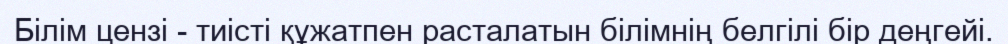
Білім цензі - тиісті құжатпен расталатын білімнің белгілі бір деңгейі.